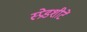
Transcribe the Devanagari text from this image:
स्प्रेडशीटें